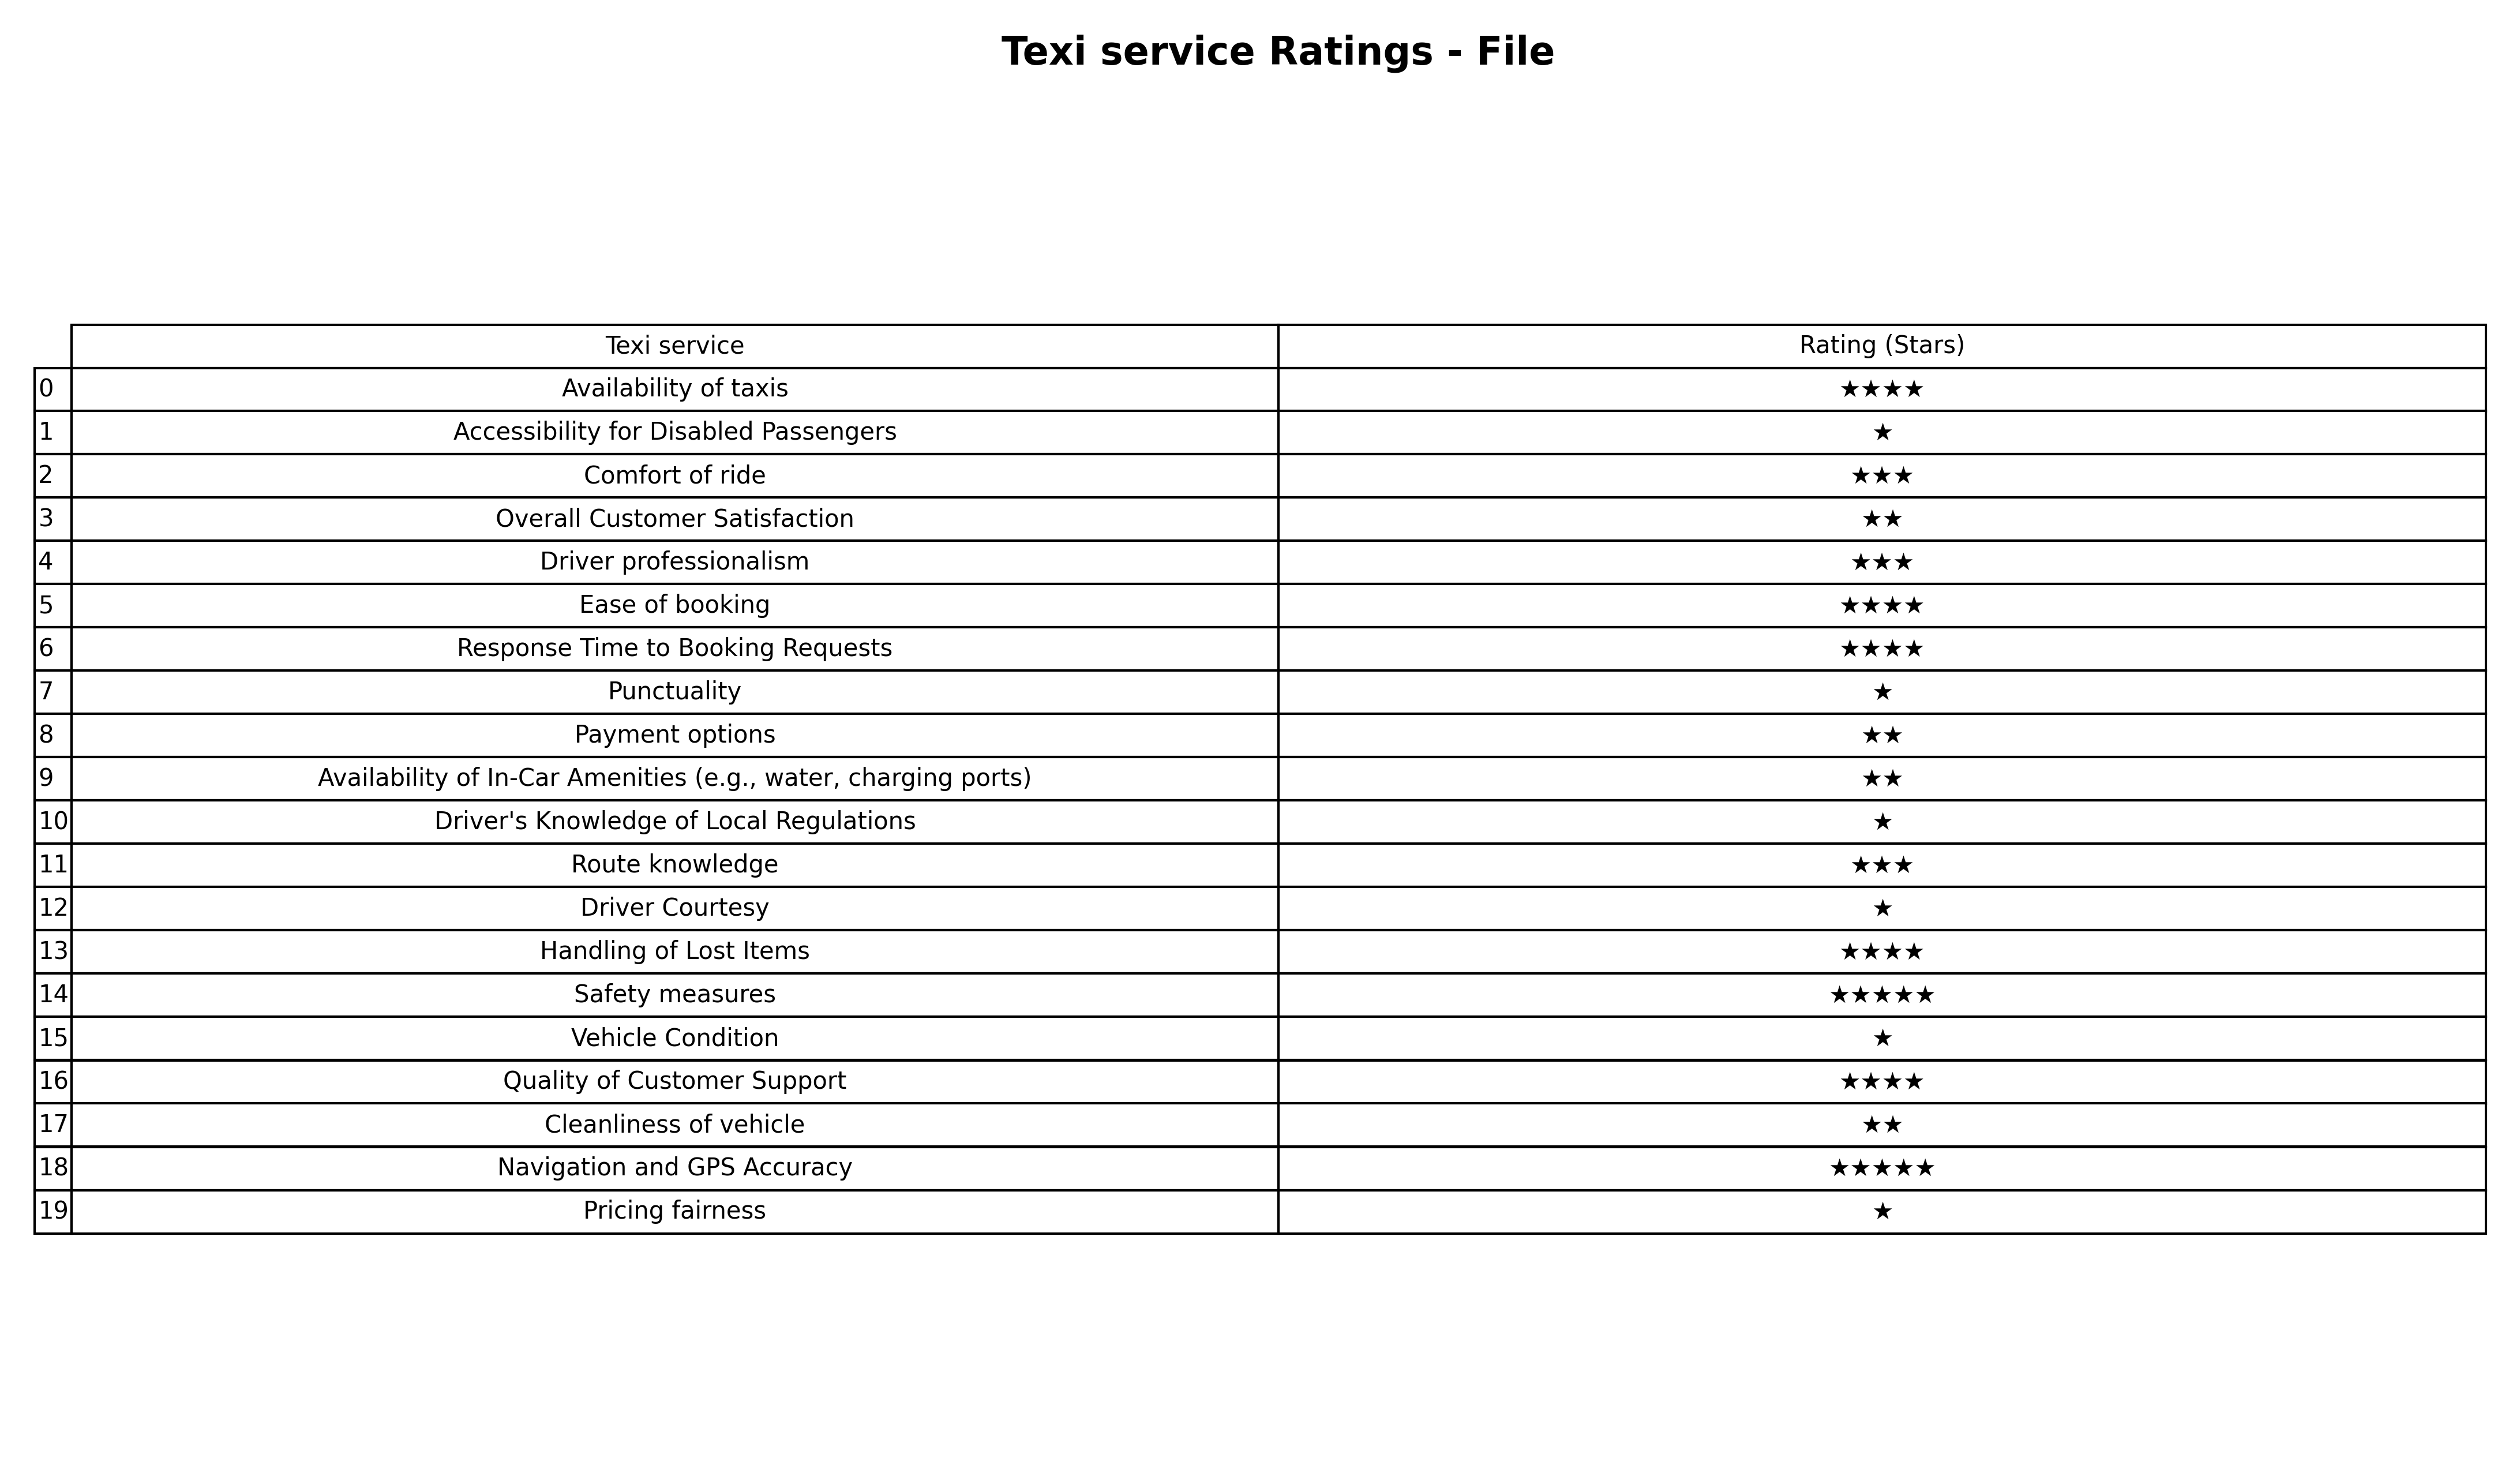
question: What is the rating of Pricing fairness?
answer: ★